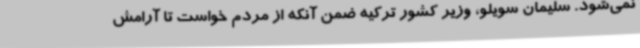
نمی‌شود. سلیمان سویلو، وزیر کشور ترکیه ضمن آنکه از مردم خواست تا آرامش